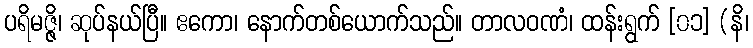
ပရိမဇ္ဇိ၊ ဆုပ်နယ်ပြီ။ ဧကော၊ နောက်တစ်ယောက်သည်။ တာလဝဏံ၊ ထန်းရွက် [၀၁] (နိ၊